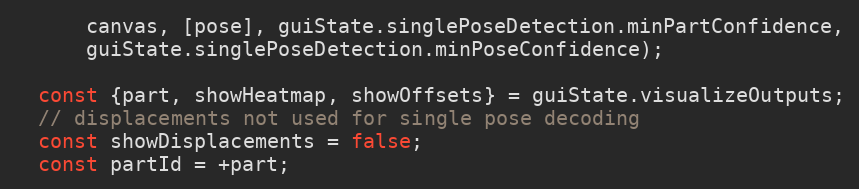
Language: JavaScript
      canvas, [pose], guiState.singlePoseDetection.minPartConfidence,
      guiState.singlePoseDetection.minPoseConfidence);

  const {part, showHeatmap, showOffsets} = guiState.visualizeOutputs;
  // displacements not used for single pose decoding
  const showDisplacements = false;
  const partId = +part;